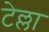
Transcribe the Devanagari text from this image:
टेल्ला